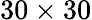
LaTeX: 30\times 30